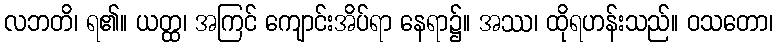
လဘတိ၊ ရ၏။ ယတ္ထ၊ အကြင် ကျောင်းအိပ်ရာ နေရာ၌။ အဿ၊ ထိုရဟန်းသည်။ ဝသတော၊